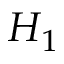
H _ { 1 }